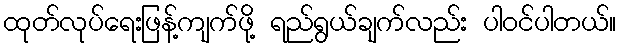
ထုတ်လုပ်ရေးဖြန့်ကျက်ဖို့ ရည်ရွယ်ချက်လည်း ပါဝင်ပါတယ်။